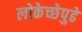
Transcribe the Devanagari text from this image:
लोकेच्छेपुढे